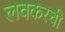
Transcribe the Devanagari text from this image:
लवकरची